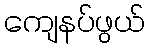
ကျေနပ်ဖွယ်